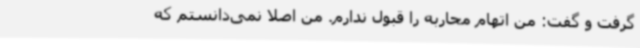
گرفت و گفت: من اتهام محاربه را قبول ندارم. من اصلاً نمی‌دانستم که